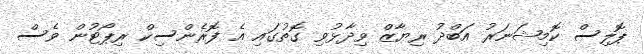
ޕޮލިސް ކޮމިޝަނަރު އަބްދު ރިޔާޒް ވިދާޅުވި ގޮތުގައި އެ ފޮރެންސިކް ރިޕޯޓުން ވެސް